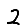
Digit: 2